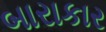
બારાકાર